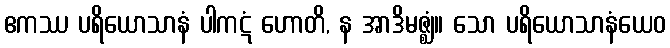
ဧကဿ ပရိယောသာနံ ပါကဋံ ဟောတိ, န အာဒိမဇ္ဈံ။ သော ပရိယောသာနံယေဝ